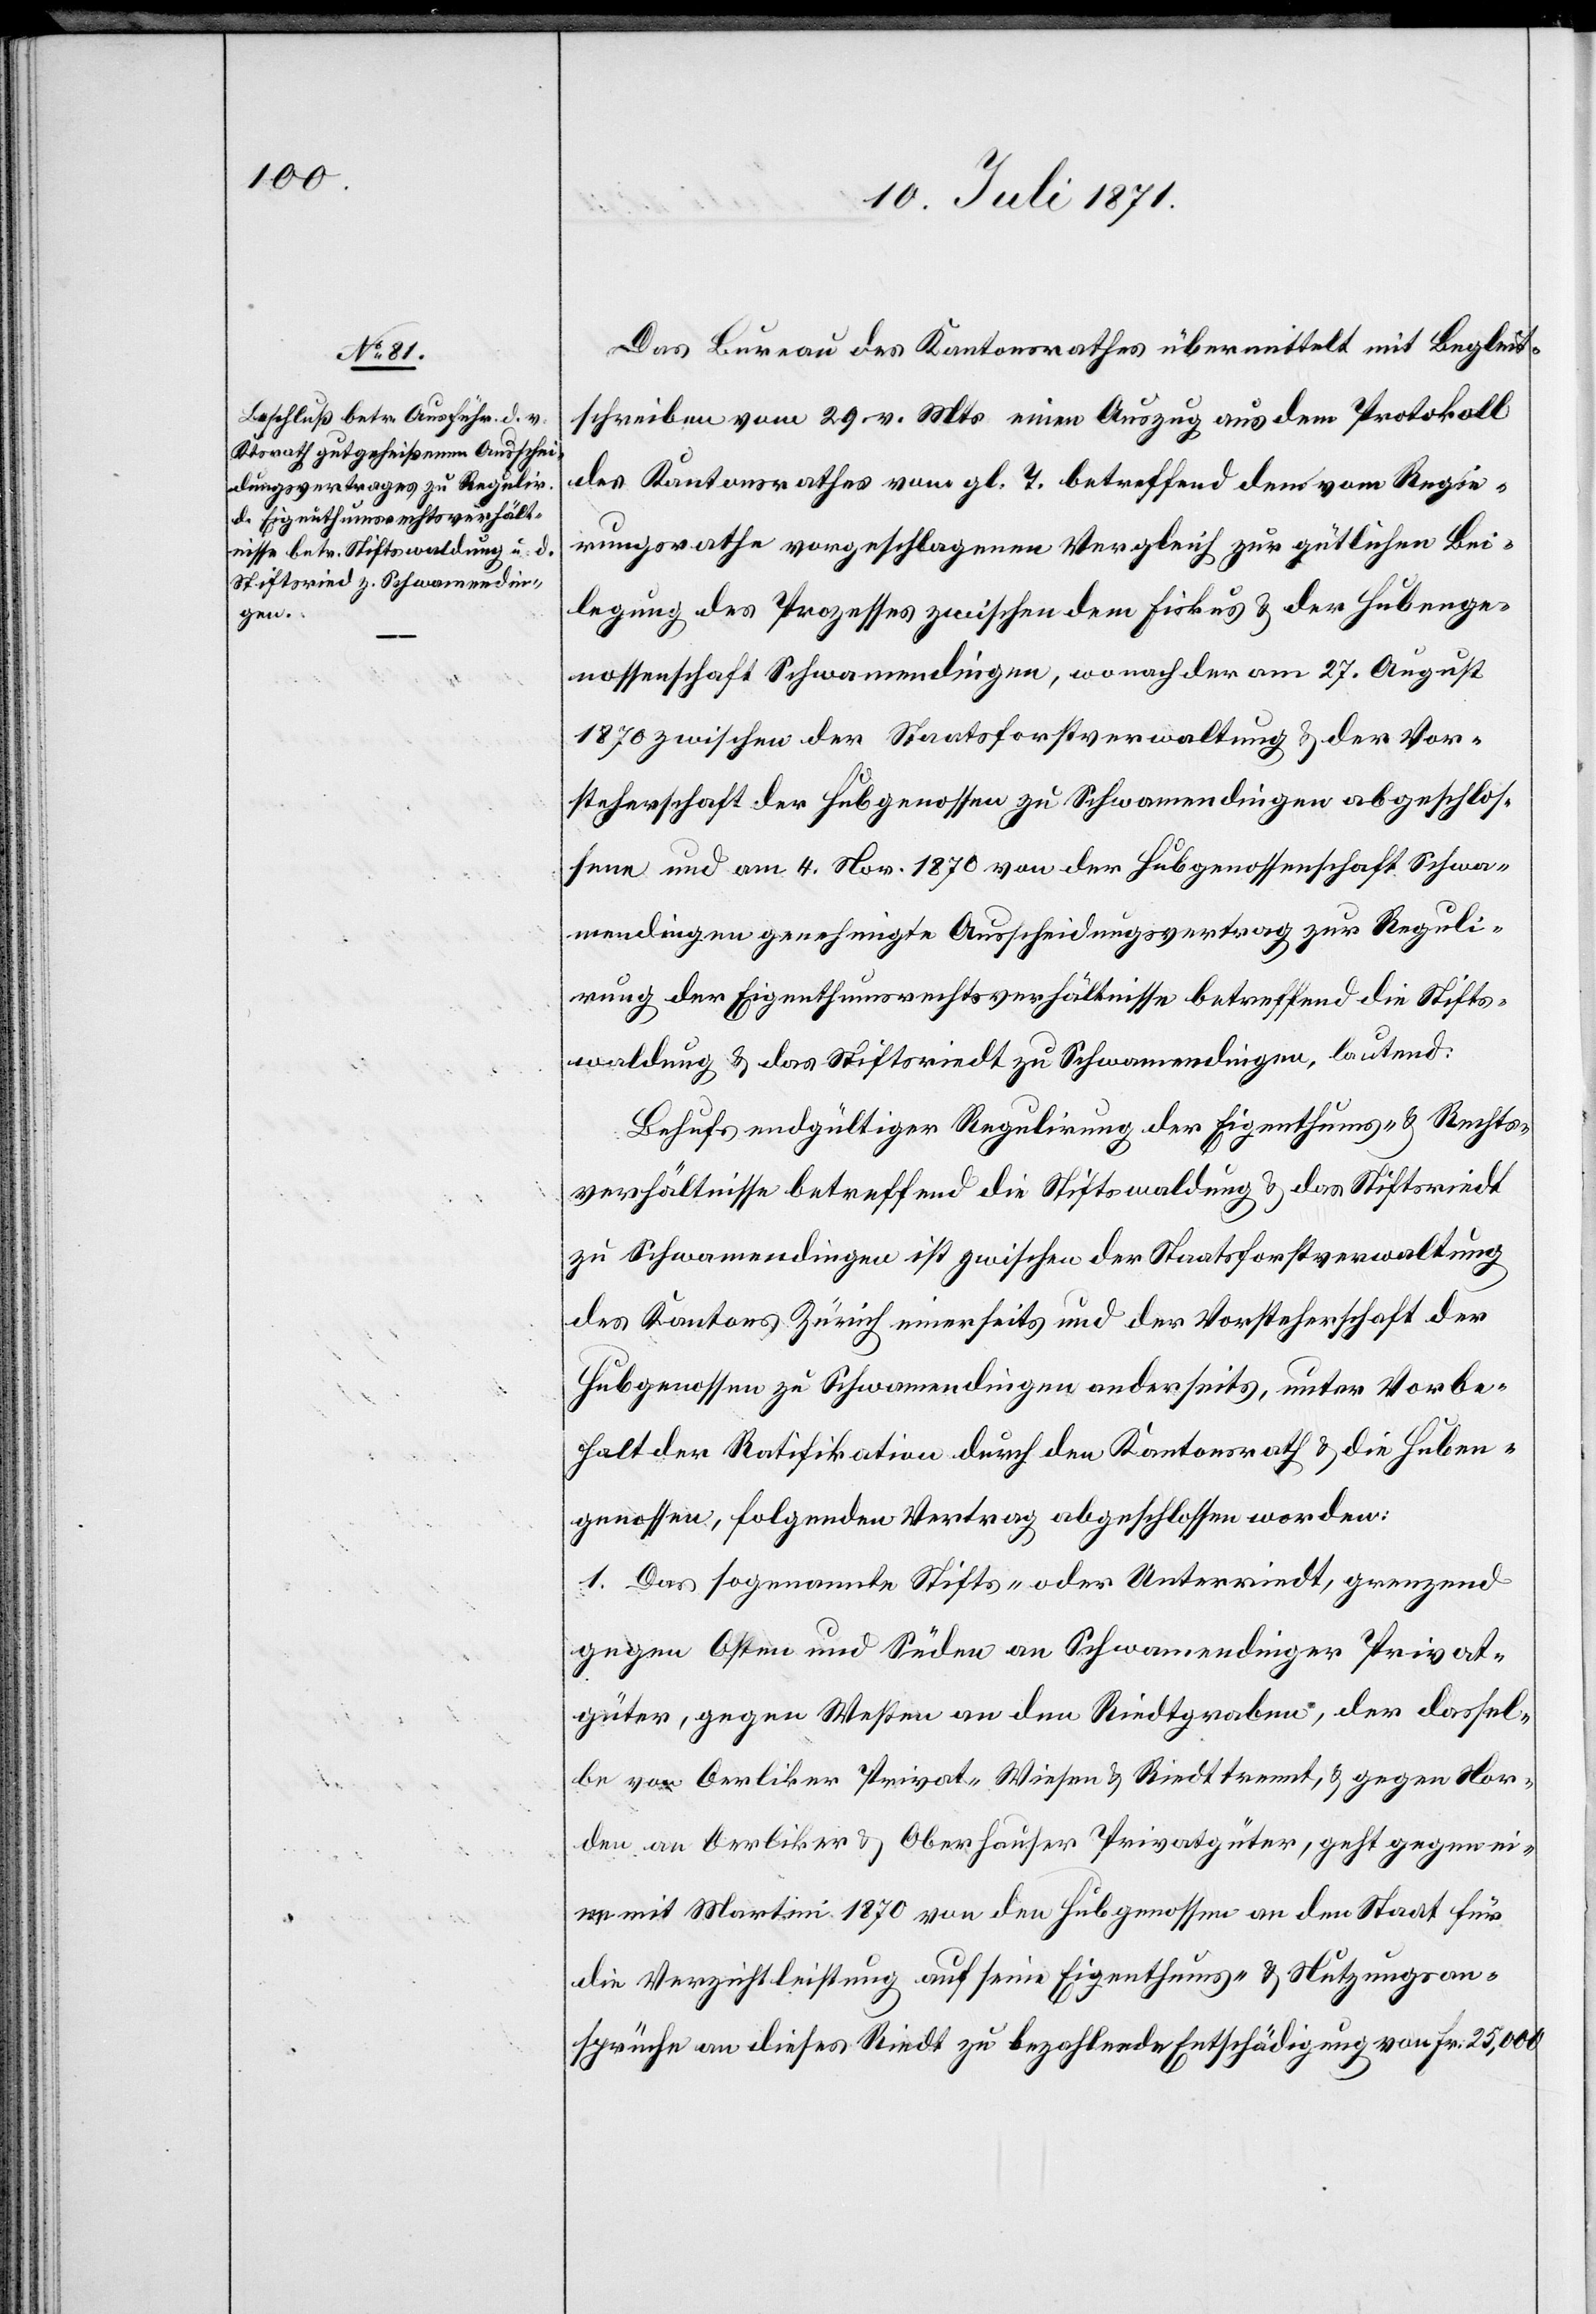
Das Bureau des Kantonsrathes übermittelt mit Begleit¬
schreiben vom 29. v. Mts. einen Auszug aus dem Protokoll
des Kantonsrathes vom gl. T. betreffend dem vom Regie¬
rungsrathe vorgeschlagenen Vergleich zur gütlichen Bei¬
legung des Prozesses zwischen dem Fiskus u. der Hubenge¬
nossenschaft Schwamendingen, wonach der am 27. August
1870 zwischen der Staatsforstverwaltung u. der Vor¬
steherschaft der Hubgenossen zu Schwamendingen abgeschlos¬
sene und am 4. Nov. 1870 von der Hubgenossenschaft Schwa¬
mendingen genehmigte Ausscheidungsvertrag zur Reguli¬
rung der Eigenthumsrechtsverhältnisse betreffend die Stifts¬
waldung u. das Stiftsriedt zu Schwamendingen, lautend:
Behufs endgültiger Regulirung der Eigenthums- u. Rechts¬
verhältnisse betreffend die Stiftswaldung u. das Stiftsriedt
zu Schwamendingen ist zwischen der Staatsforstverwaltung
des Kantons Zürich einerseits und der Vorsteherschaft der
Hubgenossen zu Schwamendingen anderseits, unter Vorbe¬
halt der Ratifikation durch den Kantonsrath u. die Huben¬
genossen, folgenden [sic!] Vertrag abgeschlossen worden:
1. Das sogenannte Stifts- oder Unterriedt, grenzend
gegen Osten und Süden an Schwamendinger Privat¬
güter, gegen Westen an den Riedtgraben, der dassel¬
be vor Oerlikon Privat- Wiesen u. Riedt trennt, u. gegen Nor¬
den an Oerliker u. Oberhauser Privatgüter, geht gegen ei¬
nen mit Martini 1870 von den Hubgenossen an den Staat für
die Verzichtleistung auf seine Eigenthums- u. Nutzungsan¬
sprüche an dieses Riedt zu bezahlende Entschädigung von Fr. 25,000